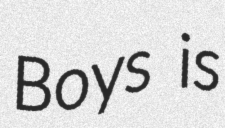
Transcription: Boys is